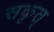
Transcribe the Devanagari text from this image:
सकृत्